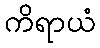
ကိရာယံ